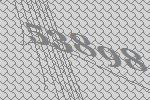
53898